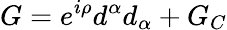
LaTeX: G=e^{i\rho}d^{\alpha}d_{\alpha}+G_{C}